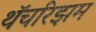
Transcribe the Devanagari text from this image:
थॅचरिझम